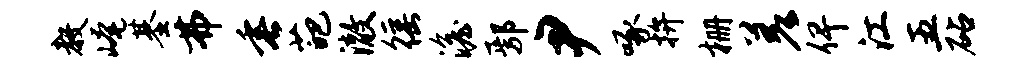
教崦基弗垂葩澈徭澹鄢尹啄拚栅差俾江五砧